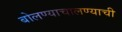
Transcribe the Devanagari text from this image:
बोलण्याचालण्याची